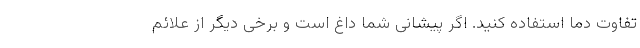
تفاوت دما استفاده کنید. اگر پیشانی شما داغ است و برخی دیگر از علائم